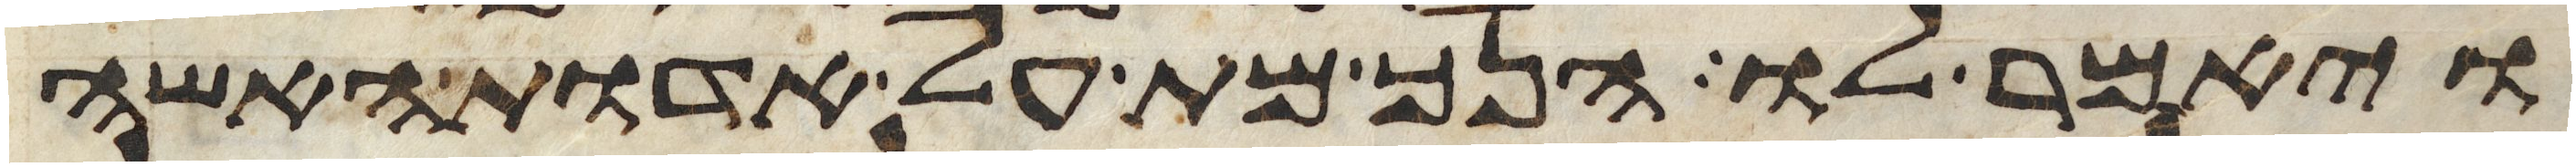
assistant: ויאמר לו הנך מת על אדות האשה